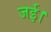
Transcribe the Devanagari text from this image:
जई।